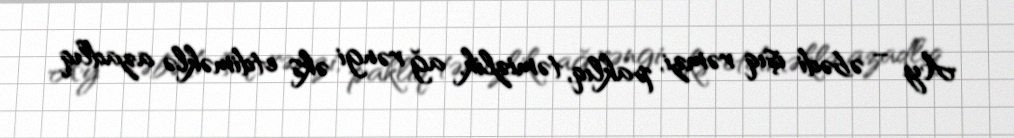
Ay – əbədi işıq rəmzi, paklıq, təmizlik, ağ rəngi əks etdiməklə azadlıq